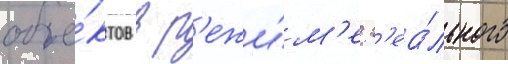
объе́ктов в р'ежи́м'е р'еа́льного